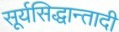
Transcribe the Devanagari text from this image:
सूर्यसिद्धान्तादी